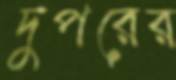
দুপরের